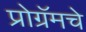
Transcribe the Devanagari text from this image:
प्रोग्रॅमचे